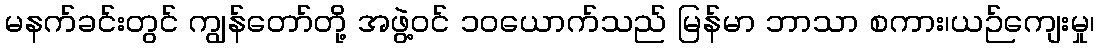
မနက်ခင်းတွင် ကျွန်တော်တို့ အဖွဲ့ဝင် ၁၀ယောက်သည် မြန်မာ ဘာသာ စကား၊ယဉ်ကျေးမှု၊